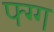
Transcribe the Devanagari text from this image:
फ्ग्ग